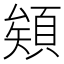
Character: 𩓎